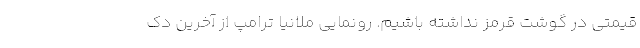
قیمتی در گوشت قرمز نداشته باشیم. رونمایی ملانیا ترامپ از آخرین دک